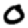
Digit: 0